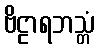
ဗိဠာရဘသ္တံ